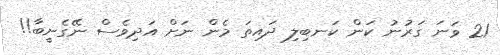
21 ވަނަ ގަރުނު ކަން ކަނބިލި ދައިތަ މެން ނަށް އަދިވެސް ނޭގެނީބާ!!